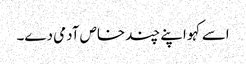
اسے کہو اپنے چند خاص آدمی دے۔